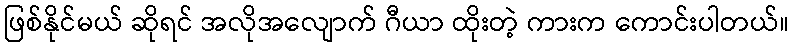
ဖြစ်နိုင်မယ် ဆိုရင် အလိုအလျောက် ဂီယာ ထိုးတဲ့ ကားက ကောင်းပါတယ်။